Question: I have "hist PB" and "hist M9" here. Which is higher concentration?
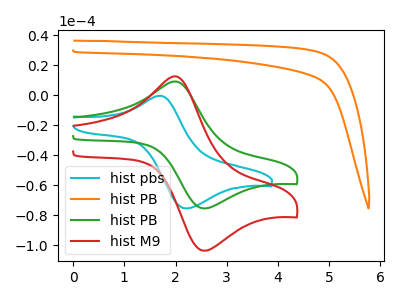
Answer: <think>The cyan curve "hist pbs" has an anodic peak at (1.70V, -0.45uA) and a cathodic peak at (2.20V, -75.50uA). The orange curve "hist PB" has no peaks. The green curve "hist PB" has an anodic peak at (2.00V, 9.05uA) and a cathodic peak at (2.55V, -75.55uA). The red curve "hist M9" has an anodic peak at (2.00V, 12.45uA) and a cathodic peak at (2.55V, -103.75uA).
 All the peaks in "hist PB" have a peak in "hist M9" at the same potential. Every peak in "hist PB" is lower than every peak in "hist M9".</think>
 <answer>"hist PB" has less signal than "hist M9" and so likely has a lower concentration.</answer>
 <eval>less_concentration</eval>